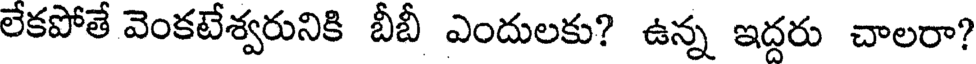
లేకపోతే వెంకటేశ్వరునికి బీబీ ఎందులకు? ఉన్న ఇద్దరు చాలరా?